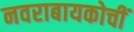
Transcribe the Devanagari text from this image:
नवराबायकोचीं